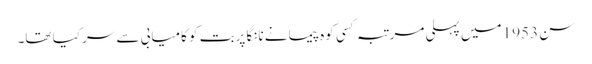
سن 1953 میں پہلی مرتبہ کسی کوہ پیما نے نانگا پربت کو کامیابی سے سر کیا تھا۔